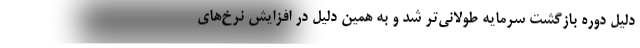
دلیل دوره بازگشت سرمایه طولانی‌تر شد و به همین دلیل در افزایش نرخ‌های